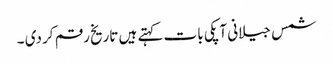
شمس جیلانی آپکی بات کہتے ہیں تاریخ رقم کر دی ۔